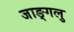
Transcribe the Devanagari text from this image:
जाङ्गलु